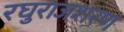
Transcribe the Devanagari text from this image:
रघुराजशरण